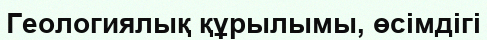
Геологиялық құрылымы, өсімдігі